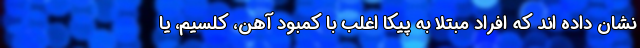
نشان داده اند که افراد مبتلا به پیکا اغلب با کمبود آهن، کلسیم، یا